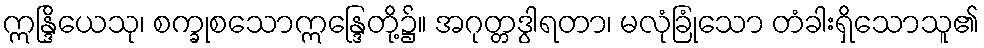
ဣန္ဒြိယေသု၊ စက္ခုစသောဣန္ဒြေတို့၌။ အဂုတ္တဒွါရတာ၊ မလုံခြုံသော တံခါးရှိသောသူ၏